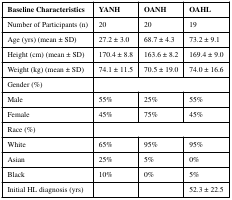
<table><thead><tr><td><b>Baseline Characteristics</b></td><td><b>YANH</b></td><td><b>OANH</b></td><td><b>OAHL</b></td></tr></thead><tbody><tr><td>Number of Participants (n)</td><td>20</td><td>20</td><td>19</td></tr><tr><td>Age (yrs) (mean ± SD)</td><td>27.2 ± 3.0</td><td>68.7 ± 4.3</td><td>73.2 ± 9.1</td></tr><tr><td>Height (cm) (mean ± SD)</td><td>170.4 ± 8.8</td><td>163.6 ± 8.2</td><td>169.4 ± 9.0</td></tr><tr><td>Weight (kg) (mean ± SD)</td><td>74.1 ± 11.5</td><td>70.5 ± 19.0</td><td>74.0 ± 16.6</td></tr><tr><td>Gender (%)</td><td colspan="3"></td></tr><tr><td>Male</td><td>55%</td><td>25%</td><td>55%</td></tr><tr><td>Female</td><td>45%</td><td>75%</td><td>45%</td></tr><tr><td>Race (%)</td><td colspan="3"></td></tr><tr><td>White</td><td>65%</td><td>95%</td><td>95%</td></tr><tr><td>Asian</td><td>25%</td><td>5%</td><td>0%</td></tr><tr><td>Black</td><td>10%</td><td>0%</td><td>5%</td></tr><tr><td>Initial HL diagnosis (yrs)</td><td></td><td></td><td>52.3 ± 22.5</td></tr></tbody></table>